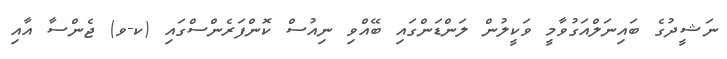
ނަޝީދުގެ ބައިނަލްއަގުވާމީ ވަކީލުން ލަންޑަންގައި ބޭއްވި ނިއުސް ކޮންފަރެންސްގައި (ކ-ވ) ޖެންސާ އާއި